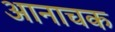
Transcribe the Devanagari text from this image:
आनाचक